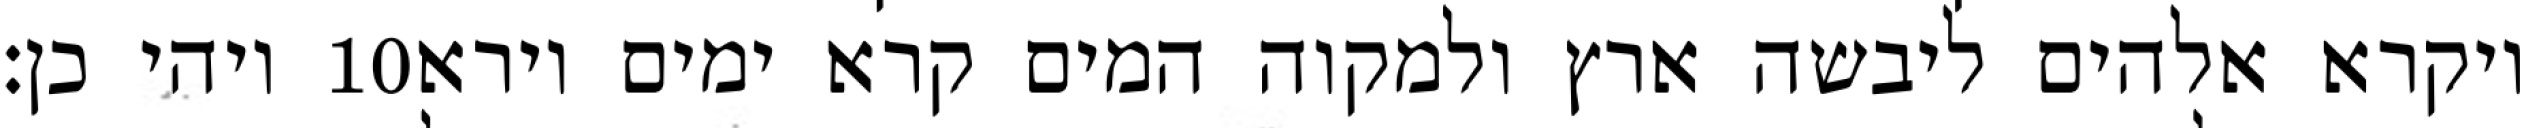
ויהי כן׃ ‎10‏ ויקרא אלהים ליבשה ארץ ולמקוה המים קרא ימים וירא